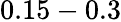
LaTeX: \mathrm{0.15-0.3}